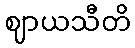
ဈာယသီတိ